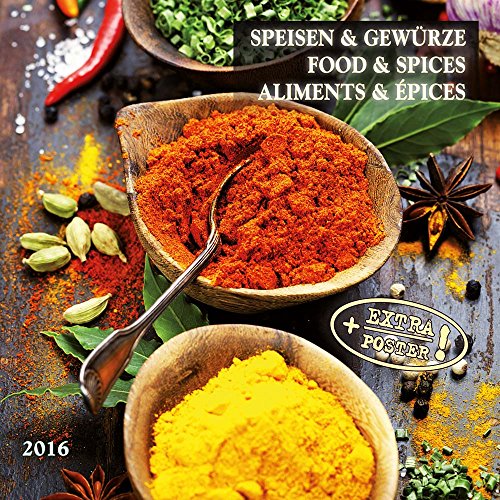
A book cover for Food & Spices (161010) (English, Spanish, French, Italian and German Edition); Tushita; Calendars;